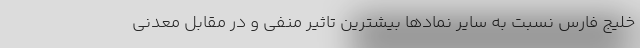
خلیج فارس نسبت به سایر نمادها بیشترین تاثیر منفی و در مقابل معدنی